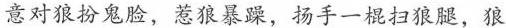
意对狼扮鬼脸，惹狼暴躁，扬手一棍扫狼腿，狼